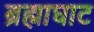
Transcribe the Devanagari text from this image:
ब्रह्माघाट